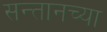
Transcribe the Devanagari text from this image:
सन्तानच्या